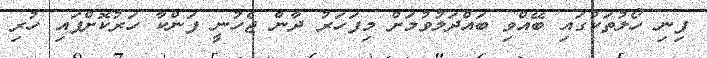
ފިނި ހޯލުތަކުގައި ބޭއްވި ބައްދަލުވުމަށް މިފަހަރު ދާން ޖެހުނީ ފަންކާ ހަރުކޮށްފައި ހުރި